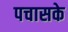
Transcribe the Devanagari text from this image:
पचासके